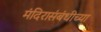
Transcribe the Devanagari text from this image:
मंदिरासंबंधीच्या